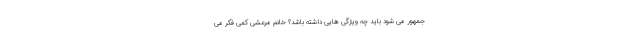
جمهور می شود باید چه ویژگی هایی داشته باشد؟ خانم مرعشی کمی فکر می